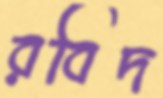
রবিদ